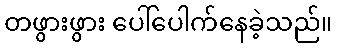
တဖွားဖွား ပေါ်ပေါက်နေခဲ့သည်။